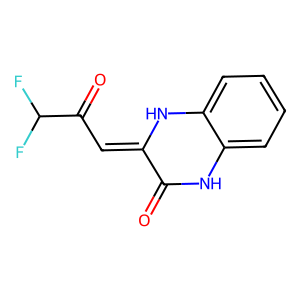
SMILES: O=C1Nc2ccccc2NC1=CC(=O)C(F)F
Inhibits HIV replication: No